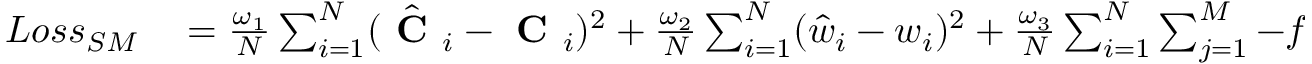
\begin{array} { r l } { L o s s _ { S M } } & { { } = \frac { \omega _ { 1 } } { N } \sum _ { i = 1 } ^ { N } ( \hat { \textbf { C } } _ { i } - \textbf { C } _ { i } ) ^ { 2 } + \frac { \omega _ { 2 } } { N } \sum _ { i = 1 } ^ { N } ( \hat { w } _ { i } - w _ { i } ) ^ { 2 } + \frac { \omega _ { 3 } } { N } \sum _ { i = 1 } ^ { N } \sum _ { j = 1 } ^ { M } - f _ { i } ^ { j } \log ( p ( \hat { f } _ { i } ^ { j } ) ) } \end{array}